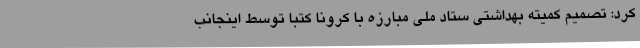
کرد: تصمیم کمیته بهداشتی ستاد ملی مبارزه با کرونا کتبا توسط اینجانب